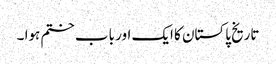
تاریخ پاکستان کا ایک اور باب ختم ہوا ۔